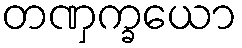
တဏှက္ခယော